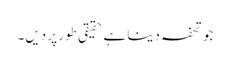
جو تحفہ دینا ہے حقیقی طور پر دیں۔